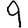
Digit: 9